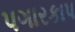
પગારકાપ